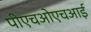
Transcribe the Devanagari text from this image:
पीएचओएचआई